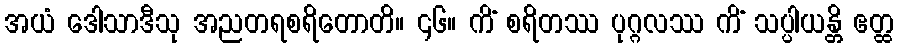
အယံ ဒေါသာဒီသု အညတရစရိတောတိ။ ၄၆။ ကိံ စရိတဿ ပုဂ္ဂလဿ ကိံ သပ္ပါယန္တိ ဧတ္ထ